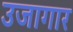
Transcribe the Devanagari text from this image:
उजागार